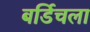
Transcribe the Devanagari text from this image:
बर्डिचला